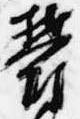
鬱